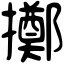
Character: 擲